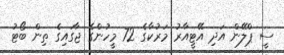
ސީ ޕްލޭން އަދި އޭޓީއާރު މަރުކާގެ 72 މީހުންގެ ޖާގައިގެ ތިން ބޯޓު